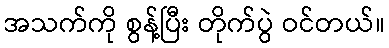
အသက်ကို စွန့်ပြီး တိုက်ပွဲ ဝင်တယ်။